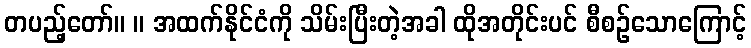
တပည့်တော်။ ။ အထက်နိုင်ငံကို သိမ်းပြီးတဲ့အခါ ထိုအတိုင်းပင် စီစဉ်သောကြောင့်